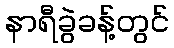
နာရီခွဲခန့်တွင်